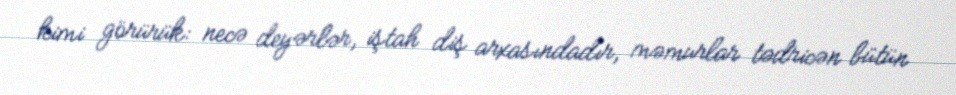
kimi görürük: necə deyərlər, iştah diş arxasındadır, məmurlar tədricən bütün